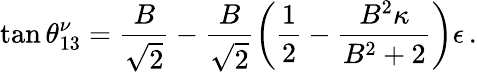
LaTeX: \tan\theta_{13}^{\nu}=\frac{B}{\sqrt{2}}-\frac{B}{\sqrt{2}}\left(\frac{1}{2}-\frac{B^{2}\kappa}{B^{2}+2}\right)\epsilon\, .